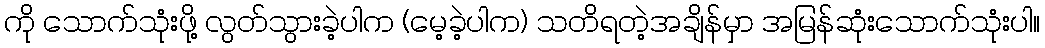
ကို သောက်သုံးဖို့ လွတ်သွားခဲ့ပါက (မေ့ခဲ့ပါက) သတိရတဲ့အချိန်မှာ အမြန်ဆုံးသောက်သုံးပါ။